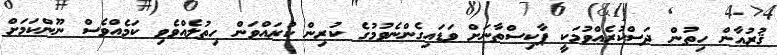
ޤުރުއާން ހިތުން ދަސްކުރެއްވުމަކީ ޕާކިސްތާނަށް ވަޑައިގެންނެވުމުގެ ކުރިން ކުރައްވަން ހިތުލެއްވެވި ކަމެއްވެސް ނޫންކަމަށް